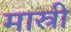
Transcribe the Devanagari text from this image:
मास्री